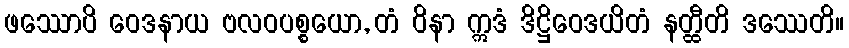
ဖဿောပိ ဝေဒနာယ ဗလဝပစ္စယော, တံ ဝိနာ ဣဒံ ဒိဋ္ဌိဝေဒယိတံ နတ္ထီတိ ဒဿေတိ။